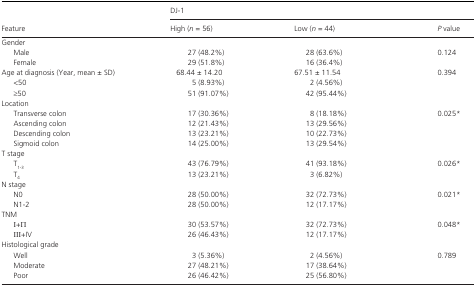
<table><thead><tr><td rowspan="2"><b>Feature</b></td><td colspan="3"><b>DJ‐1</b></td></tr><tr><td><b>High (<i>n </i>= 56)</b></td><td><b>Low (<i>n </i>= 44)</b></td><td><b><i>P</i> value</b></td></tr></thead><tbody><tr><td colspan="4">Gender</td></tr><tr><td>Male</td><td>27 (48.2%)</td><td>28 (63.6%)</td><td rowspan="2">0.124</td></tr><tr><td>Female</td><td>29 (51.8%)</td><td>16 (36.4%)</td></tr><tr><td>Age at diagnosis (Year, mean ± SD)</td><td>68.44 ± 14.20</td><td>67.51 ± 11.54</td><td rowspan="3">0.394</td></tr><tr><td>&lt;50</td><td>5 (8.93%)</td><td>2 (4.56%)</td></tr><tr><td>≥50</td><td>51 (91.07%)</td><td>42 (95.44%)</td></tr><tr><td colspan="4">Location</td></tr><tr><td>Transverse colon</td><td>17 (30.36%)</td><td>8 (18.18%)</td><td rowspan="4">0.025*</td></tr><tr><td>Ascending colon</td><td>12 (21.43%)</td><td>13 (29.56%)</td></tr><tr><td>Descending colon</td><td>13 (23.21%)</td><td>10 (22.73%)</td></tr><tr><td>Sigmoid colon</td><td>14 (25.00%)</td><td>13 (29.54%)</td></tr><tr><td colspan="4">T stage</td></tr><tr><td>T<sub>1‐3</sub></td><td>43 (76.79%)</td><td>41 (93.18%)</td><td rowspan="2">0.026*</td></tr><tr><td>T<sub>4</sub></td><td>13 (23.21%)</td><td>3 (6.82%)</td></tr><tr><td colspan="4">N stage</td></tr><tr><td>N0</td><td>28 (50.00%)</td><td>32 (72.73%)</td><td rowspan="2">0.021*</td></tr><tr><td>N1‐2</td><td> 28 (50.00%)</td><td>12 (17.17%)</td></tr><tr><td colspan="4">TNM</td></tr><tr><td><i>Ι</i>+Π</td><td>30 (53.57%)</td><td>32 (72.73%)</td><td rowspan="2">0.048*</td></tr><tr><td><i>ΙΙΙ</i>+IV</td><td>26 (46.43%)</td><td>12 (17.17%)</td></tr><tr><td colspan="4">Histological grade</td></tr><tr><td>Well</td><td>3 (5.36%)</td><td>2 (4.56%)</td><td rowspan="3">0.789</td></tr><tr><td>Moderate</td><td>27 (48.21%)</td><td>17 (38.64%)</td></tr><tr><td>Poor</td><td>26 (46.42%)</td><td>25 (56.80%)</td></tr></tbody></table>